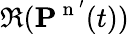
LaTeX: \Re(\mathbf{P}^{\mathrm{~n~}^{\prime}}(t))